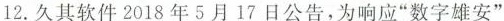
12.久其软件2018年5月17日公告，为响应”数字雄安”